Civil Veterinary Dept. Bombay admin report 1900-1906 - 1900-1906
Year: 1900
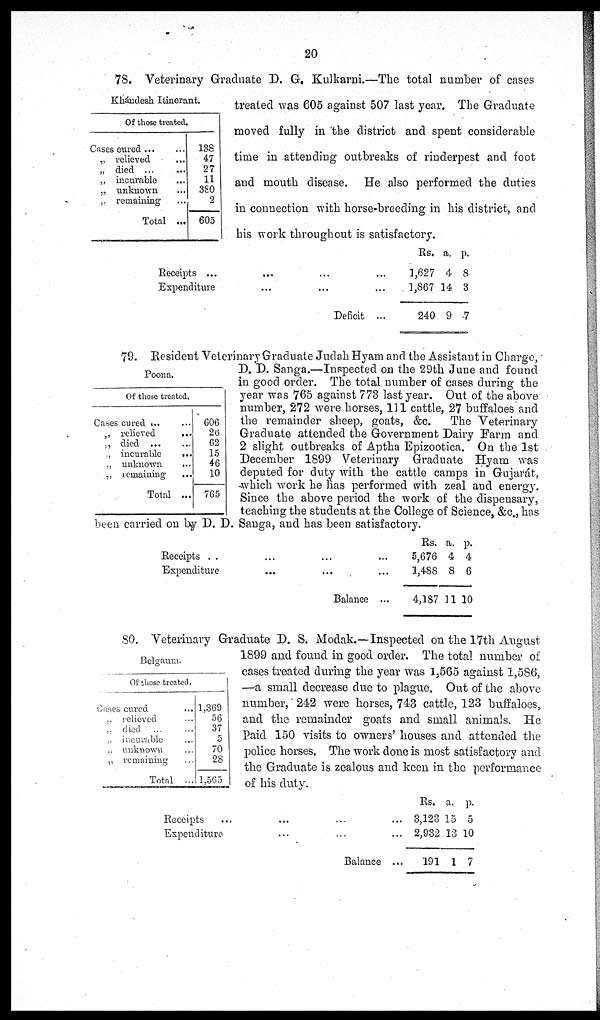
20
Khándesh Itinerant.
Of those treated
Cases cured
...
...
„ relieved ...
„ died ... ...
„ incurable ...
„ unknown ...
„ remaining ...
Total ...
138
47
27
11
380
2
605
78. Veterinary Graduate D. G. Kulkarni.—The total number of cases
treated was 605 against 507 last year. The Graduate
moved fully in the district and spent considerable
time in attending outbreaks of rinderpest and foot
and mouth disease. He also performed the duties
in connection with horse-breeding in his district, and
his work throughout is satisfactory.
Receipts ... ... ... ...
Expenditure ... ... ...
Deficit ...
Rs.
1,627
1,867
240
a.
4
14
9
p.
8
3
7
Poona.
Of those treated.
Cases cured ... ...
„ relieved
...
„ died
...
...
„ incurable
...
„ unknown ...
„ remaining
...
Total ...
606
26
62
15
46
10
765
79. Resident Veterinary Graduate Judah Hyam and the Assistant in Charge,
D. D. Sanga.—Inspected on the 29th June and found
in good order. The total number of cases during the
year was 765 against 773 last year. Out of the above
number, 272 were horses, 111 cattle, 27 buffaloes and
the remainder sheep, goats, &c. The Veterinary
Graduate attended the Government Dairy Farm and
2 slight outbreaks of Aptha Epizootica. On the 1st
December 1899 Veterinary Graduate Hyam was
deputed for duty with the cattle camps in Gujarát,
which work he has performed with zeal and energy.
Since the above period the work of the dispensary,
teaching the students at the College of Science, &c., has
been carried on by D. D. Sanga, and has been satisfactory.
Receipts .. ...
Expenditure ...
...
...
Balance ...
Rs.
5,676
1,488
4,187
a.
4
8
11
p.
4
6
10
Belgaum.
Of those treated.
Cases cured ...
„ relieved ...
„ died ... ...
„ incurable ...
„ unknown ...
„ remaining ...
Total ...
1,369
56
37
5
70
28
1,565
80. Veterinary Graduate D. S. Modak.—Inspected on the 17th August
1899 and found in good order. The total number of
cases treated during the year was 1,565 against 1,586,
—a small decrease due to plague. Out of the above
number, 242 were horses, 743 cattle, 123 buffaloes,
and the remainder goats and small animals. He
Paid 150 visits to owners' houses and attended the
police horses. The work done is most satisfactory and
the Graduate is zealous and keen in the performance
of his duty.
Receipts ... ... ... ...
Expenditure ... ... ...
Balance ...
Rs.
3,123
2,932
191
a.
15
13
1
p.
5
10
7